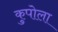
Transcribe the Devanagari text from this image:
कुपोला